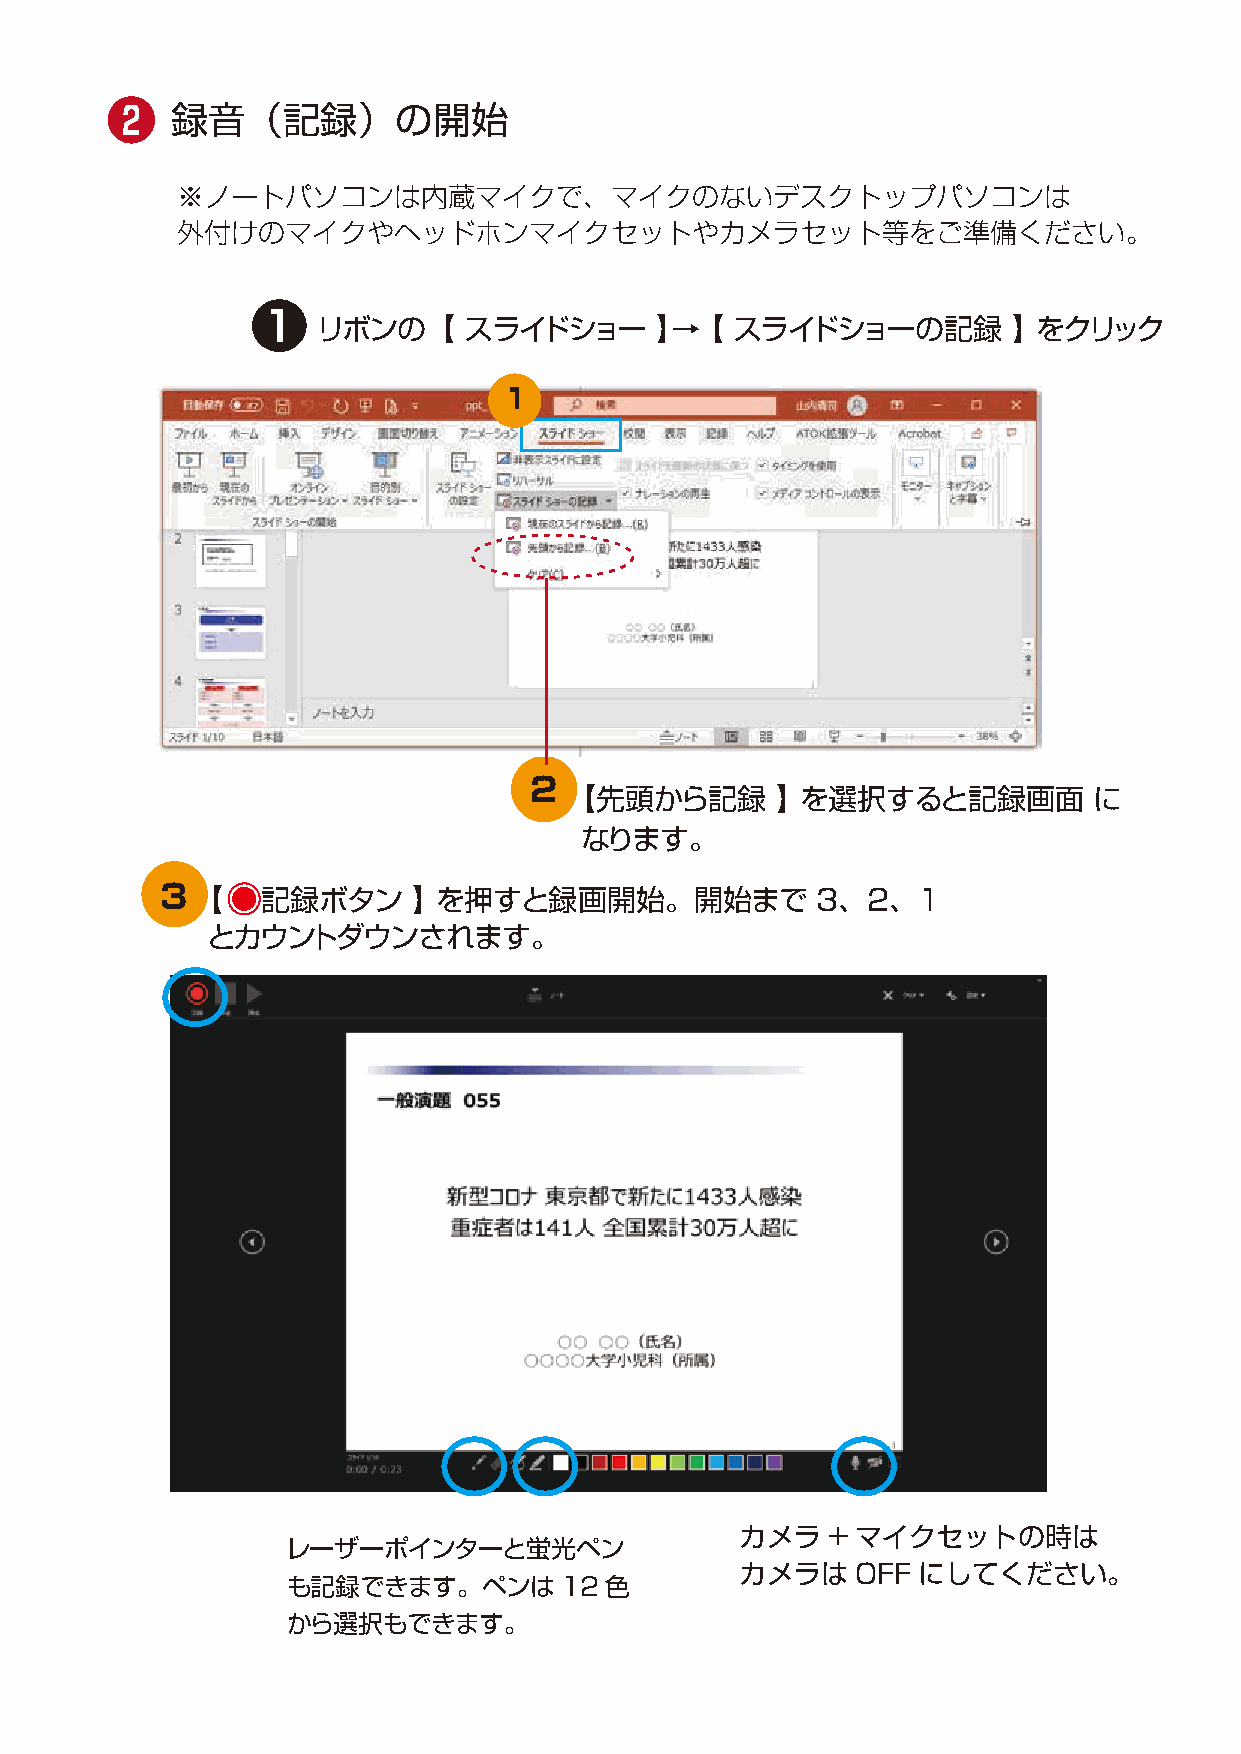
❷   録音（記録）の開始
 ※ノートパソコンは内蔵マイクで、マイクのないデスクトップパソコンは
 外付けのマイクやヘッドホンマイクセットやカメラセット等をご準備ください。
 ❶
 リボンの【     スライドショー     】→【   スライドショーの記録        】 をクリック
 1
 2
 【先頭から記録       】 を選択すると記録画面         に
 なります。
 3【    記録ボタン     】 を押すと録画開始。開始まで            3、2、1
 とカウントダウンされます。
 カメラ   + マイクセットの時は
 レーザーポインターと蛍光ペン
 秒数表示があるスライドを全て選択して「画面切り替えのタイミング」
 カメラは    OFF にしてください。
 にある「自動」のチェックを外します。[ クリック時」のチェックは も記録できます。ペンは12色
 外さないでください。次画面に移動できなくなります。 か ら 選 択 も で き ます 。